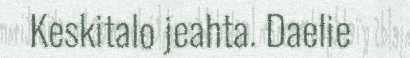
Keskitalo jeahta. Daelie